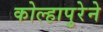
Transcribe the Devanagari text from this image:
कोल्हापुरेने